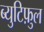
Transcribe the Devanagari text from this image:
ब्युटिफ़ुल